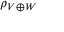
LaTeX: \rho _ { V \oplus W }